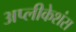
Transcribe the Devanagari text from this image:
अप्लीकेशंस